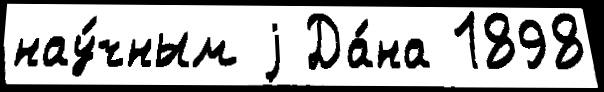
нау́чным j Да́на 1898